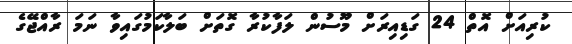
ކުރިއަށް އޮތް 24 ގަޑިއިރަށް މޫސުން ލަފާކުރާ ގޮތަށް ބަލާކަމުގައިވާ ނަމަ ރާއްޖޭގެ